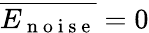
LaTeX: \overline{{E_{\mathrm{~n~o~i~s~e~}}}}=0